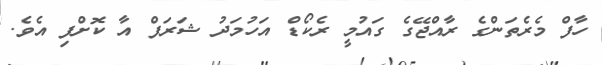
ހާފް މެރެތަންގެ ރާއްޖޭގެ ގައުމީ ރެކޯޑް އަހުމަދު ޝަރަފް އާ ކޮށްފި އެވެ.